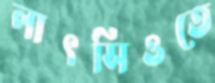
লাৎসিওতে